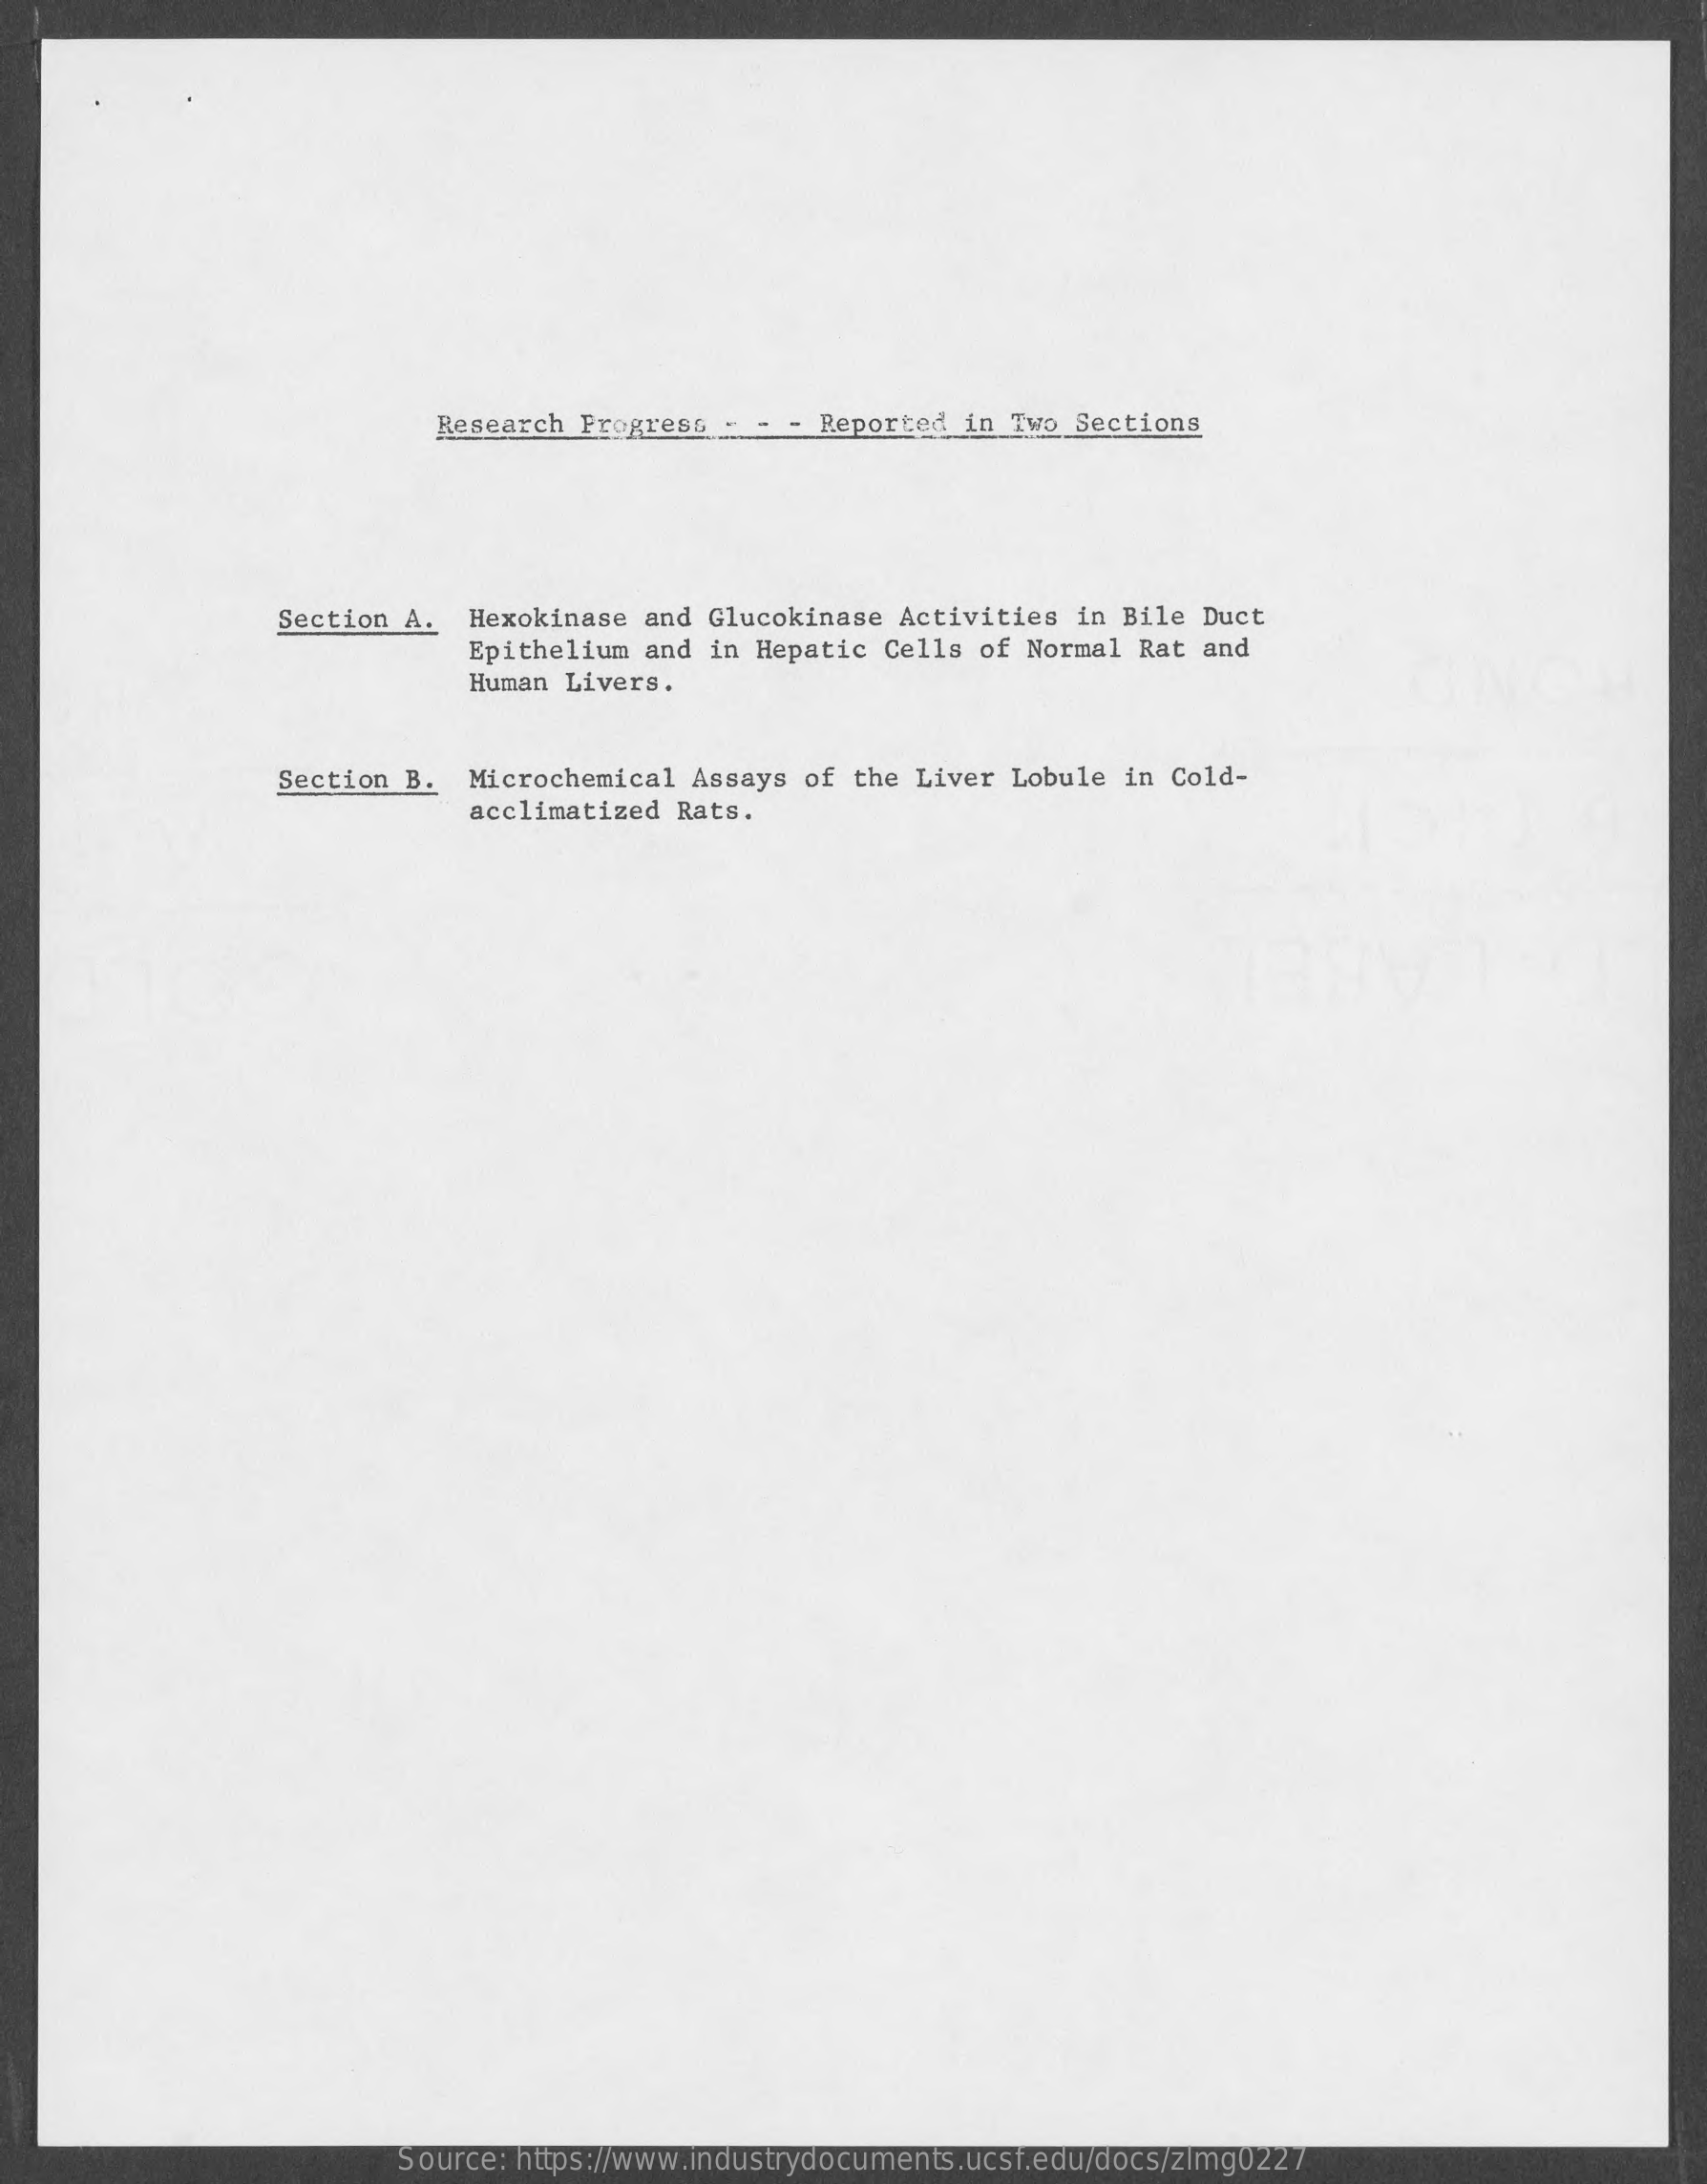
Research Progress - - - Reported  in Two Sections
     Section A.   Hexokinase and Glucokinase Activities  in Bile Duct
     Epithelium and in Hepatic Cells  of Normal Rat and
     Human Livers.
     Section B.  Microchemical  Assays of  the Liver Lobule in Cold-
     acclimatized Rats.
     Source: https://www.industrydocuments.ucsf.edu/docs/zlmg0227